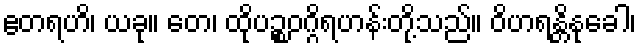
ဧတရဟိ၊ ယခု။ တေ၊ ထိုပဉ္စဝဂ္ဂိရဟန်းတို့သည်။ ဝိဟရန္တိနုခေါ၊